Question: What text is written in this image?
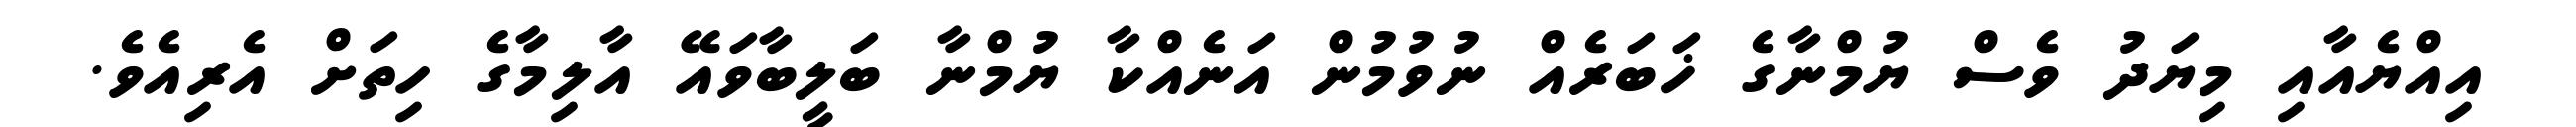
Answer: އިއްޔެއާއި މިޔަދު ވެސް ޔުމްނާގެ ޚަބަރެއް ނުވުމުން އަނެއްކާ ޔުމްނާ ބަލީބާވައޭ އާލިމާގެ ހިތަށް އެރިއެވެ.